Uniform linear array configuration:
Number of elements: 32
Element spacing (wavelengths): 1
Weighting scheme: uniform
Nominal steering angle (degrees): -15
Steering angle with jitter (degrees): -15.288
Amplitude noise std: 0.05
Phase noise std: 0.05

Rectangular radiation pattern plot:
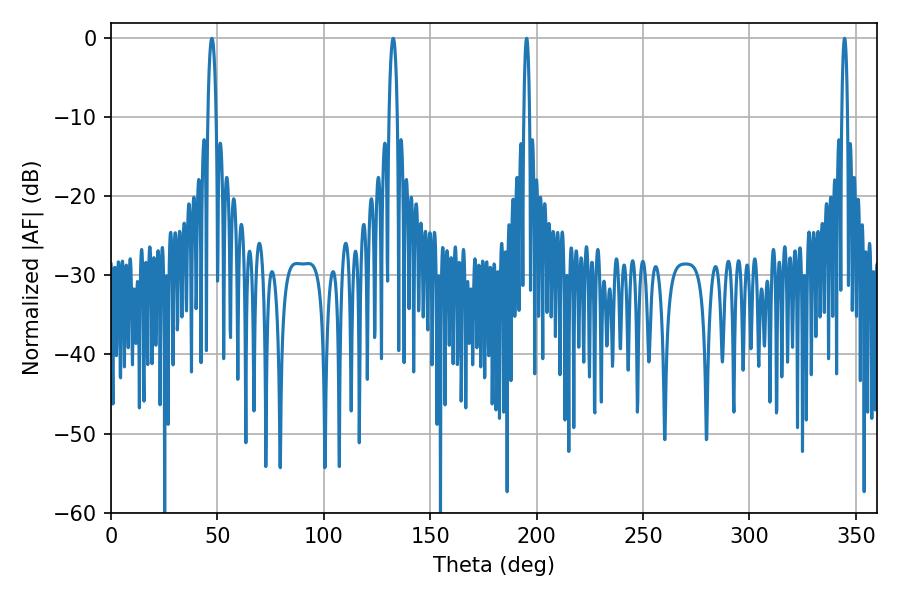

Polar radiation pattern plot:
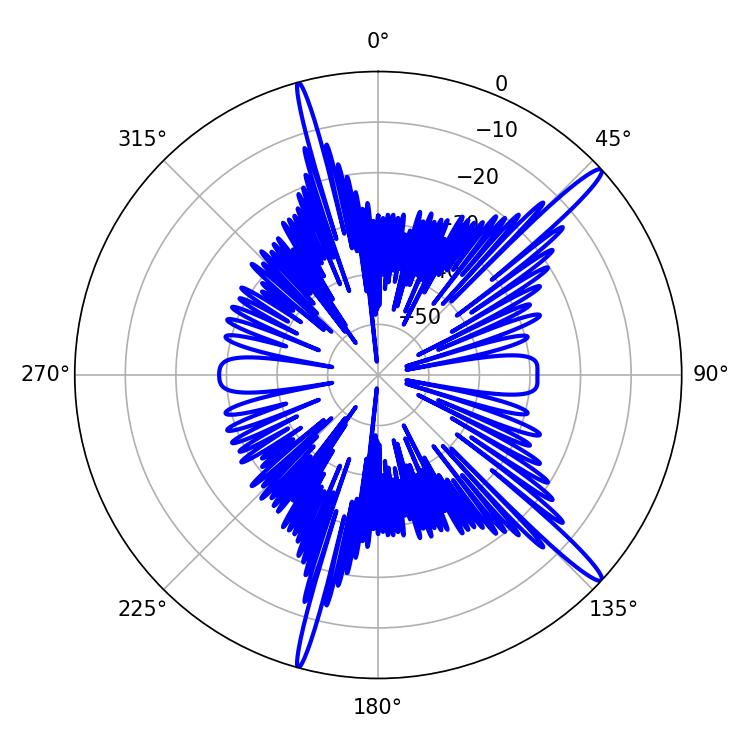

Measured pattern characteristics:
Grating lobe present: TRUE
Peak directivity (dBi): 16.036
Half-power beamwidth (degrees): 1.44
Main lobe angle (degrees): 195.3